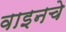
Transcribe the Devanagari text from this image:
वाइनचे